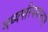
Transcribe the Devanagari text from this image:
मध्यपस्चिमान्चल